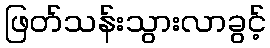
ဖြတ်သန်းသွားလာခွင့်